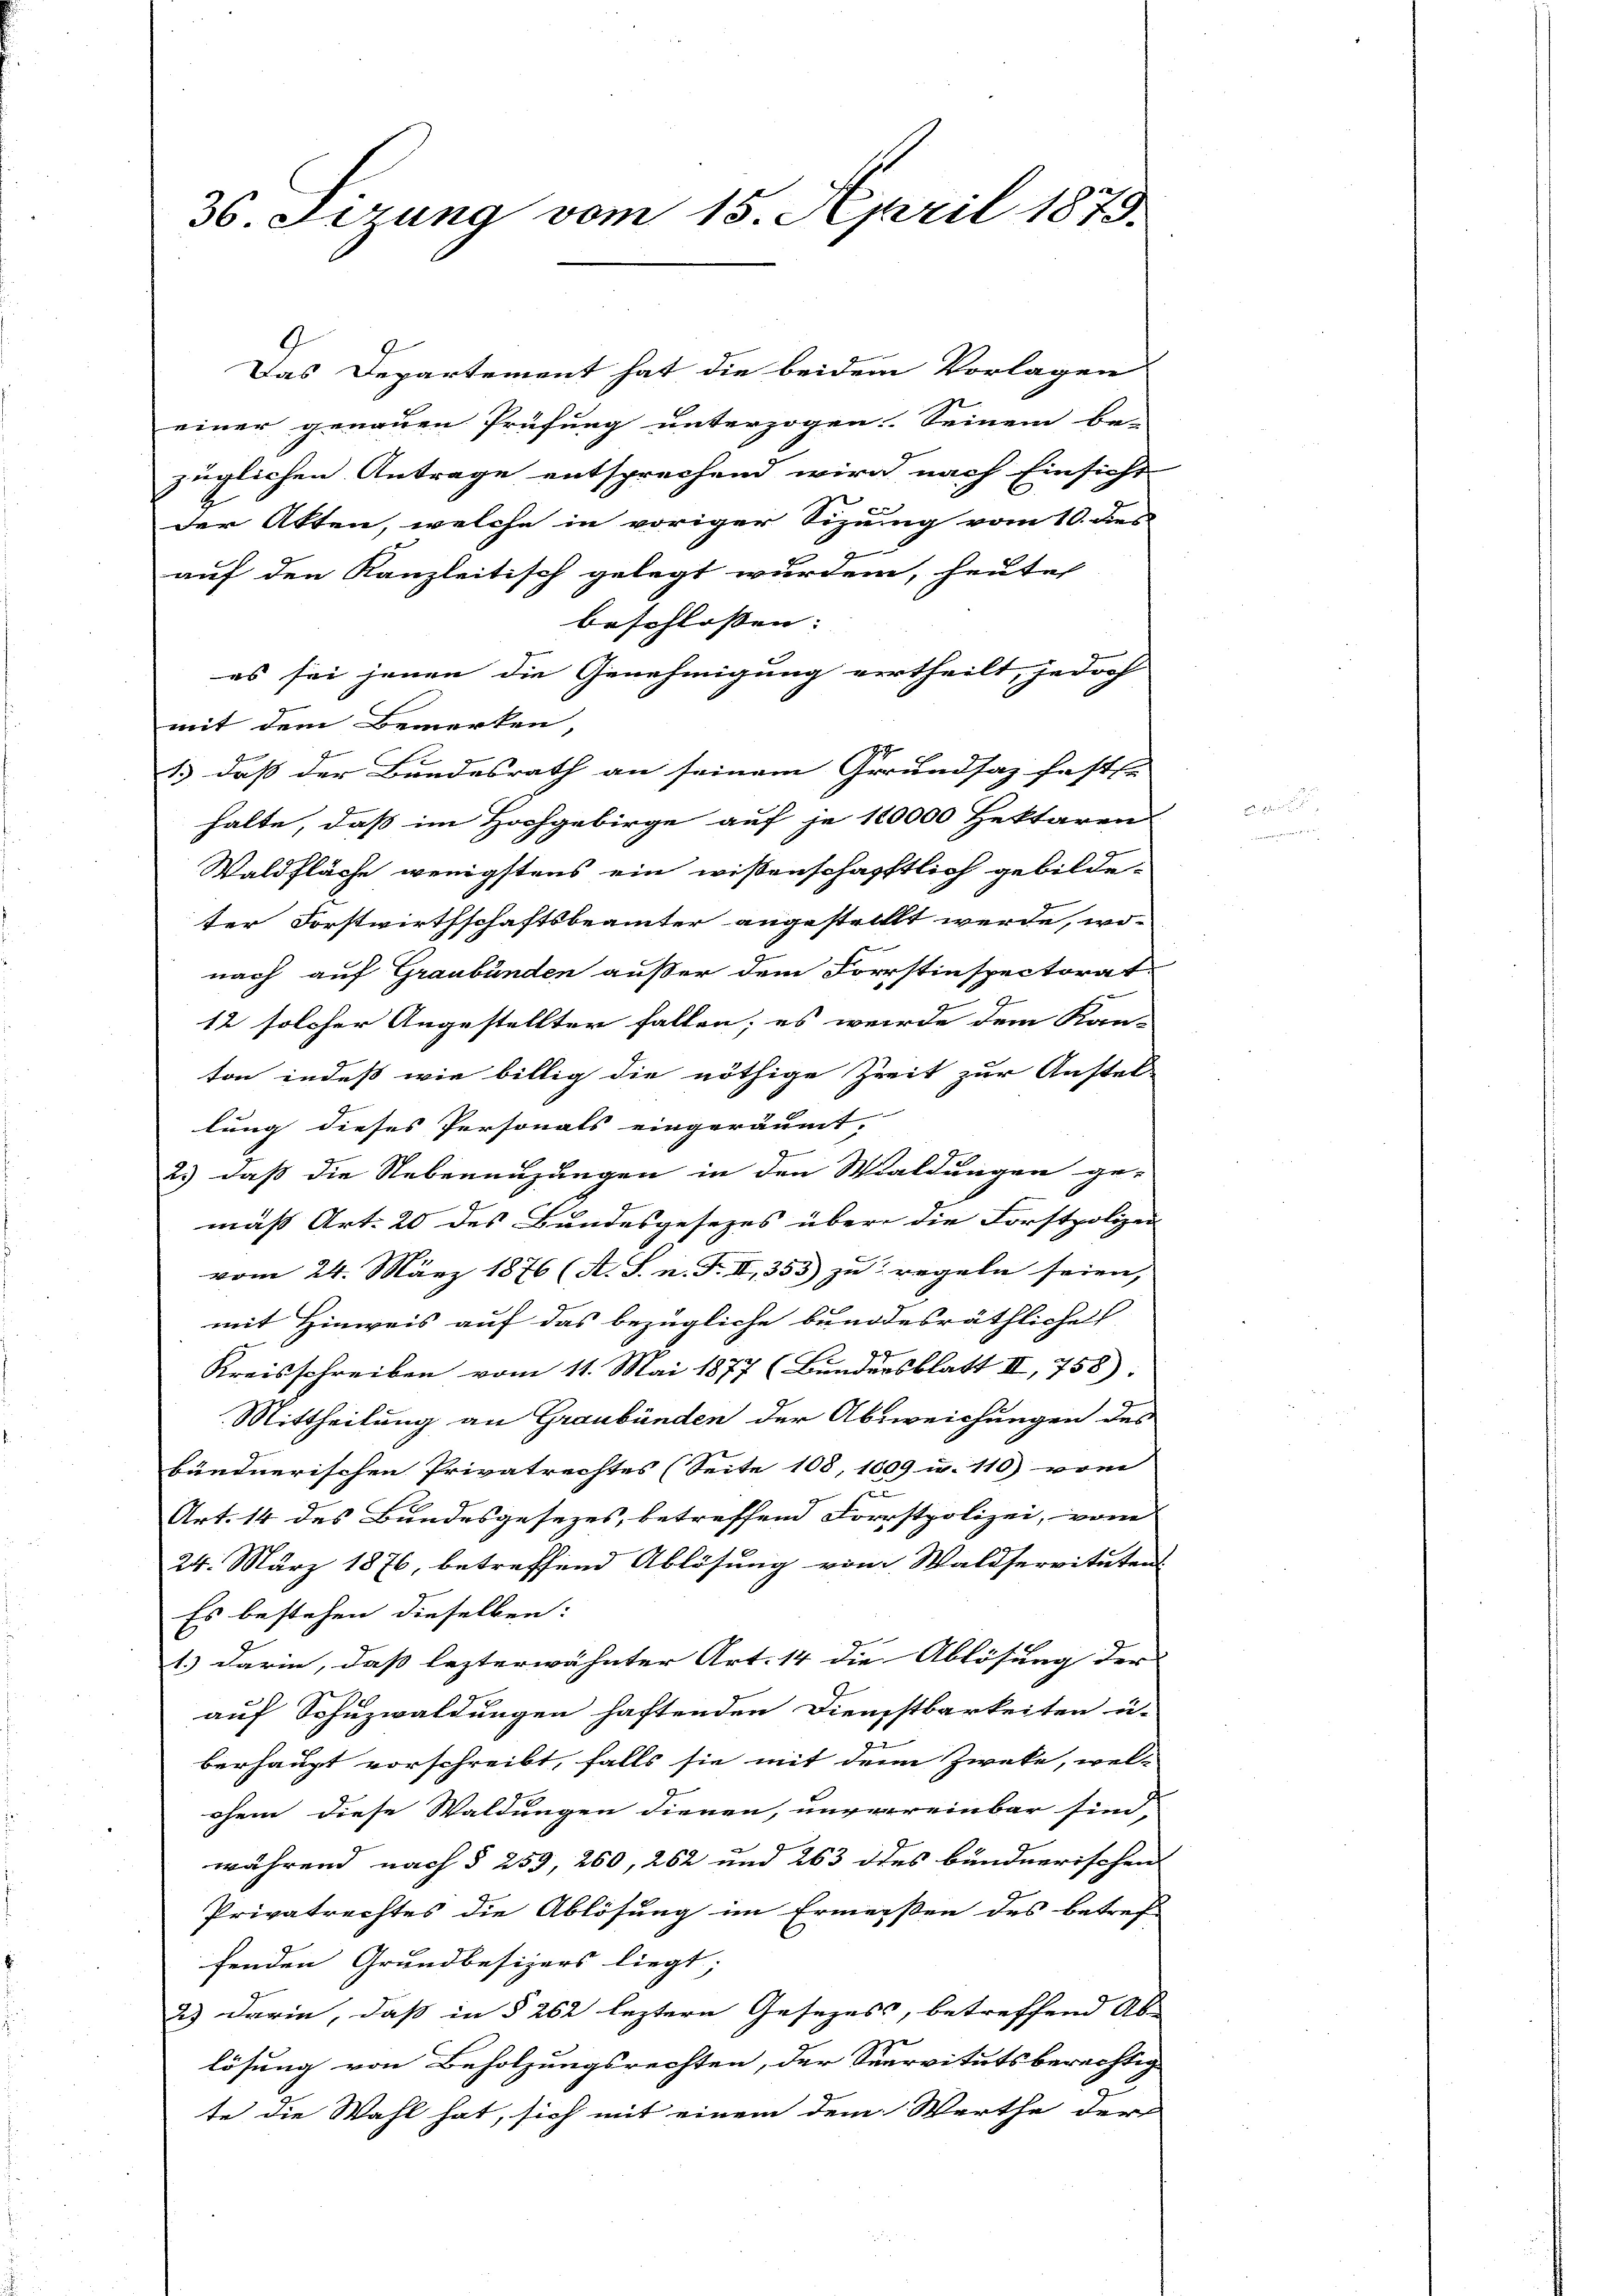
36. Sizung vom 15. April 1879.

Das Departement hat die beidem Vorlagen
einer genauen Prüfung unterzogen. Seinem be-
züglichen Antrage entsprechend wird nach Einsicht
der Akten, welche in voriger Sizung vom 10. des
7
u
auf den Kanzleitisch gelegt wurden, heute
beschlossen:
es sei jenen die Genehmigung vertheilt, jedoch
mit dem Bemerken
1) daß der Bundesrath an seinem Grundsaz feste |
halte, daß im Hochgebirge auf je 110000 Hektaren
Waldfläche wenigstens ein wissenschafftlich gebilde-
ter Forstwirthschaftsbeamter angestelllt werde, wo-
nach auf Graubünden außer dem Forstinspectorat
12 solcher Angestellter fallen; es werde dem Kan-
ton, indeß wie billig die nöthige Zeit zur Anstel-
lung dieses Personals eingeräumt. |
2.) daß die Nebenenzungen in den Waldungen ge-
mäß Art. 20 des Bundesgesezes über die Forstpolizei
vom 24. März 1876 (A. S. n. F. II, 353) zu regeln seien,
mit Hinweis auf das bezügliche bundesräthliche
29
Kreisschreiben vom 11. Mai 1877 (Bundersblatt II, 758):
Mittheilung an Graubünden der Abweichungen des
bündnerischen Privatrechtes (Seite 108, 1609 u. 110) vom
Art. 14 des Bundesgesezes, betreffend Forstpolizei, vom
24. März 1876, betreffend Ablösung vom Waldservitutens
Es bestehen dieselben:
1.) Darin, daß lezterwähnter Art. 14 die Ablösung der |
auf Schuzwaldungen haftenden Dienstbarkeiten u.
berhaupt vorschreibt, falls sie mit dem Zweke, wel-
chem diese Waldungen dienen, unvereinbar sind,
während nach § 259, 260, 262 und 263 des bündnerischen
Privatrechtes die Ablösung im Ermeisten des betref
fenden Grundbesizers liegt;
2) Darin, daß in § 262 leztern Gesezess, betreffend Ab-
lösung von Beholzungsrechten, der Seervitutsberechtig
te die Wahl hat, sich mit einem dem Werthe der